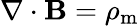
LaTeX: \nabla\cdot\mathbf{B}=\rho_{\mathrm{m}}